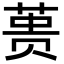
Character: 蒉